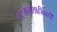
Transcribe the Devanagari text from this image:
सरंजामशाहीवादी